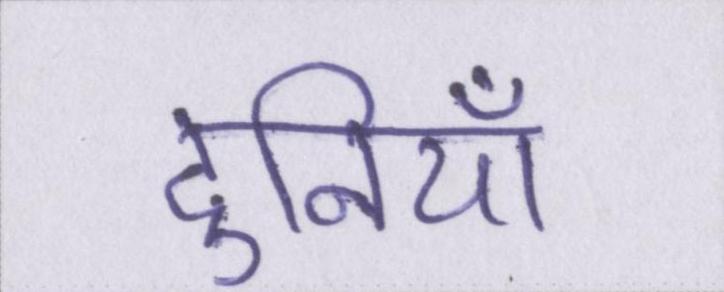
दुनियाँ